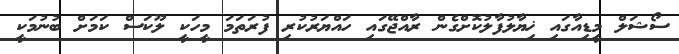
ސޯޝަލް މީޑިއާގައި ޚިޔާލުފާލުކޮށްގެން ރާއްޖޭގައި ހައްޔަރުކުރި ފުރަތަމަ މީހަކީ ލޫކަސް ކަމަށް ބުނުމަކީ